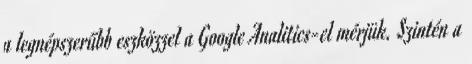
a legnépszerűbb eszközzel a Google Analitics-el mérjük. Szintén a